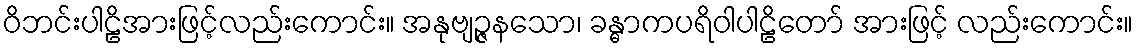
ဝိဘင်းပါဠိအားဖြင့်လည်းကောင်း။ အနုဗျဉ္ဇနသော၊ ခန္ဓာကပရိဝါပါဠိတော် အားဖြင့် လည်းကောင်း။